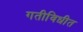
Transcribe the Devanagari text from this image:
गतीविधीत